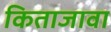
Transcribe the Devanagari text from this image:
किताजावा